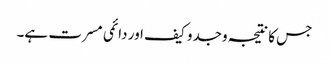
جس کا نتیجہ وجدو کیف اور دائمی مسرت ہے۔